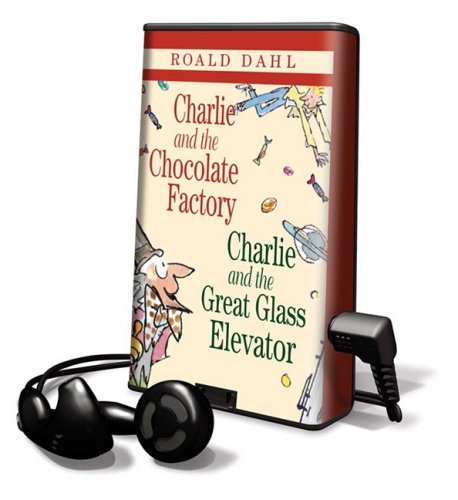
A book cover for Charlie and the Chocolate Factory/ Charlie and the Glass Elevator: Library Edition; Roald Dahl; Children's Books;